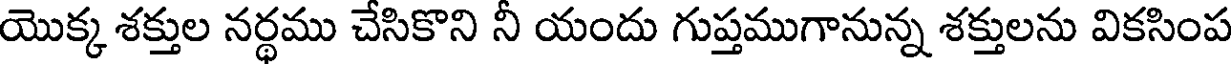
యొక్క శక్తుల నర్థము చేసికొని నీ యందు గుప్తముగానున్న శక్తులను వికసింప